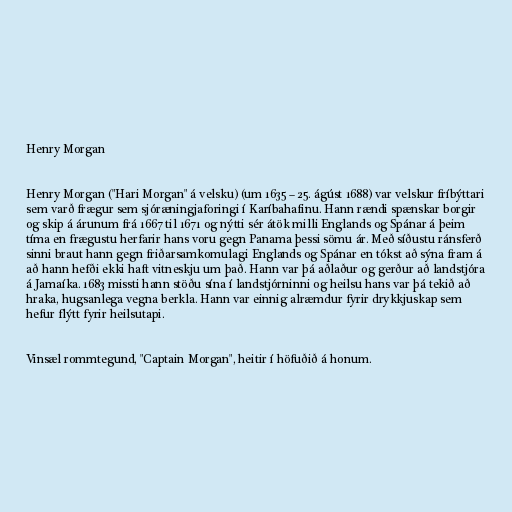
Henry Morgan

Henry Morgan ("Hari Morgan" á velsku) (um 1635 – 25. ágúst 1688) var velskur fríbýttari
sem varð frægur sem sjóræningjaforingi í Karíbahafinu. Hann rændi spænskar borgir
og skip á árunum frá 1667 til 1671 og nýtti sér átök milli Englands og Spánar á þeim
tíma en frægustu herfarir hans voru gegn Panama þessi sömu ár. Með síðustu ránsferð
sinni braut hann gegn friðarsamkomulagi Englands og Spánar en tókst að sýna fram á
að hann hefði ekki haft vitneskju um það. Hann var þá aðlaður og gerður að landstjóra
á Jamaíka. 1683 missti hann stöðu sína í landstjórninni og heilsu hans var þá tekið að
hraka, hugsanlega vegna berkla. Hann var einnig alræmdur fyrir drykkjuskap sem
hefur flýtt fyrir heilsutapi.

Vinsæl rommtegund, "Captain Morgan", heitir í höfuðið á honum.